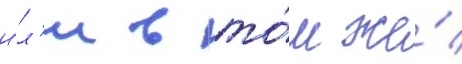
и́л'и в то́м же́